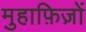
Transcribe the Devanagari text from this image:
मुहाफ़िज़ों